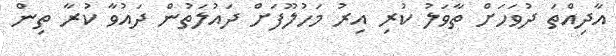
އާދިއްތަ ދުވަހަށް ތާވަލު ކުރި އިރު މަހުލޫފަށް ދައުލަތުން ދައުވާ ކުރާ ތިން